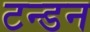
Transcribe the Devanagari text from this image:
टन्डन